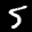
Label: 5